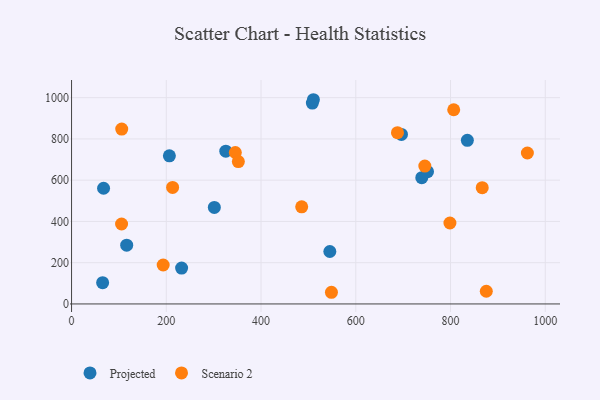
{"axis": {"x": "Distance", "y": "Salary"}, "legend": ["Projected", "Scenario 2"], "data": [{"x": "301.4", "y": 467.8, "type": "Projected"}, {"x": "508.3", "y": 973.8, "type": "Projected"}, {"x": "232.3", "y": 174.0, "type": "Projected"}, {"x": "67.6", "y": 560.8, "type": "Projected"}, {"x": "751.4", "y": 641.4, "type": "Projected"}, {"x": "510.5", "y": 990.0, "type": "Projected"}, {"x": "835.5", "y": 793.2, "type": "Projected"}, {"x": "116.4", "y": 285.1, "type": "Projected"}, {"x": "696.4", "y": 821.6, "type": "Projected"}, {"x": "545.2", "y": 254.2, "type": "Projected"}, {"x": "206.5", "y": 718.0, "type": "Projected"}, {"x": "325.6", "y": 740.8, "type": "Projected"}, {"x": "65.6", "y": 103.2, "type": "Projected"}, {"x": "739.3", "y": 612.2, "type": "Projected"}, {"x": "345.7", "y": 734.2, "type": "Scenario 2"}, {"x": "806.7", "y": 941.3, "type": "Scenario 2"}, {"x": "962.2", "y": 731.7, "type": "Scenario 2"}, {"x": "213.3", "y": 565.0, "type": "Scenario 2"}, {"x": "352.1", "y": 690.0, "type": "Scenario 2"}, {"x": "548.6", "y": 56.6, "type": "Scenario 2"}, {"x": "798.7", "y": 392.5, "type": "Scenario 2"}, {"x": "193.4", "y": 188.8, "type": "Scenario 2"}, {"x": "688.0", "y": 830.1, "type": "Scenario 2"}, {"x": "875.5", "y": 61.6, "type": "Scenario 2"}, {"x": "105.9", "y": 847.5, "type": "Scenario 2"}, {"x": "105.6", "y": 387.6, "type": "Scenario 2"}, {"x": "745.7", "y": 668.4, "type": "Scenario 2"}, {"x": "485.8", "y": 470.9, "type": "Scenario 2"}, {"x": "866.9", "y": 563.8, "type": "Scenario 2"}]}